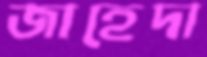
জাহেদা